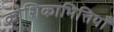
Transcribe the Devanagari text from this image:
कोशिकाभित्तियाँ